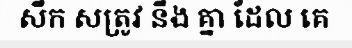
សឹក សត្រូវ នឹង គ្នា ដែល គេ